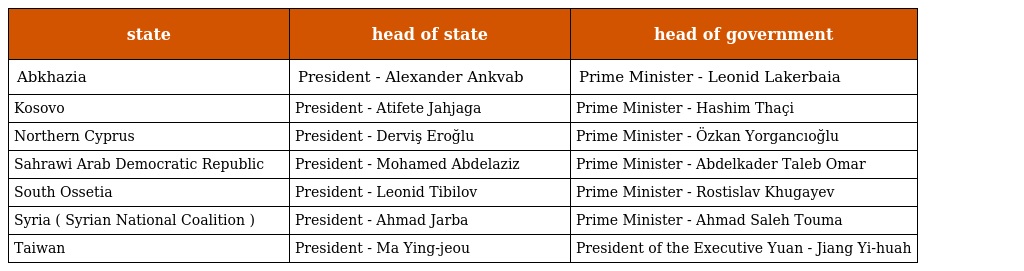
| state | head of state | head of government |
 | --- | --- | --- |
 | Abkhazia | President - Alexander Ankvab | Prime Minister - Leonid Lakerbaia |
 | Kosovo | President - Atifete Jahjaga | Prime Minister - Hashim Thaçi |
 | Northern Cyprus | President - Derviş Eroğlu | Prime Minister - Özkan Yorgancıoğlu |
 | Sahrawi Arab Democratic Republic | President - Mohamed Abdelaziz | Prime Minister - Abdelkader Taleb Omar |
 | South Ossetia | President - Leonid Tibilov | Prime Minister - Rostislav Khugayev |
 | Syria ( Syrian National Coalition ) | President - Ahmad Jarba | Prime Minister - Ahmad Saleh Touma |
 | Taiwan | President - Ma Ying-jeou | President of the Executive Yuan - Jiang Yi-huah |